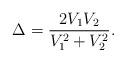
LaTeX: \begin{align*} \Delta = \frac{2{{V}_{1}}{{V}_{2}}}{V_{1}^{2}+V_{2}^{2}}.\end{align*}